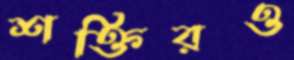
শক্তিরও